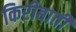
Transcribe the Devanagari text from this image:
किरीबाती